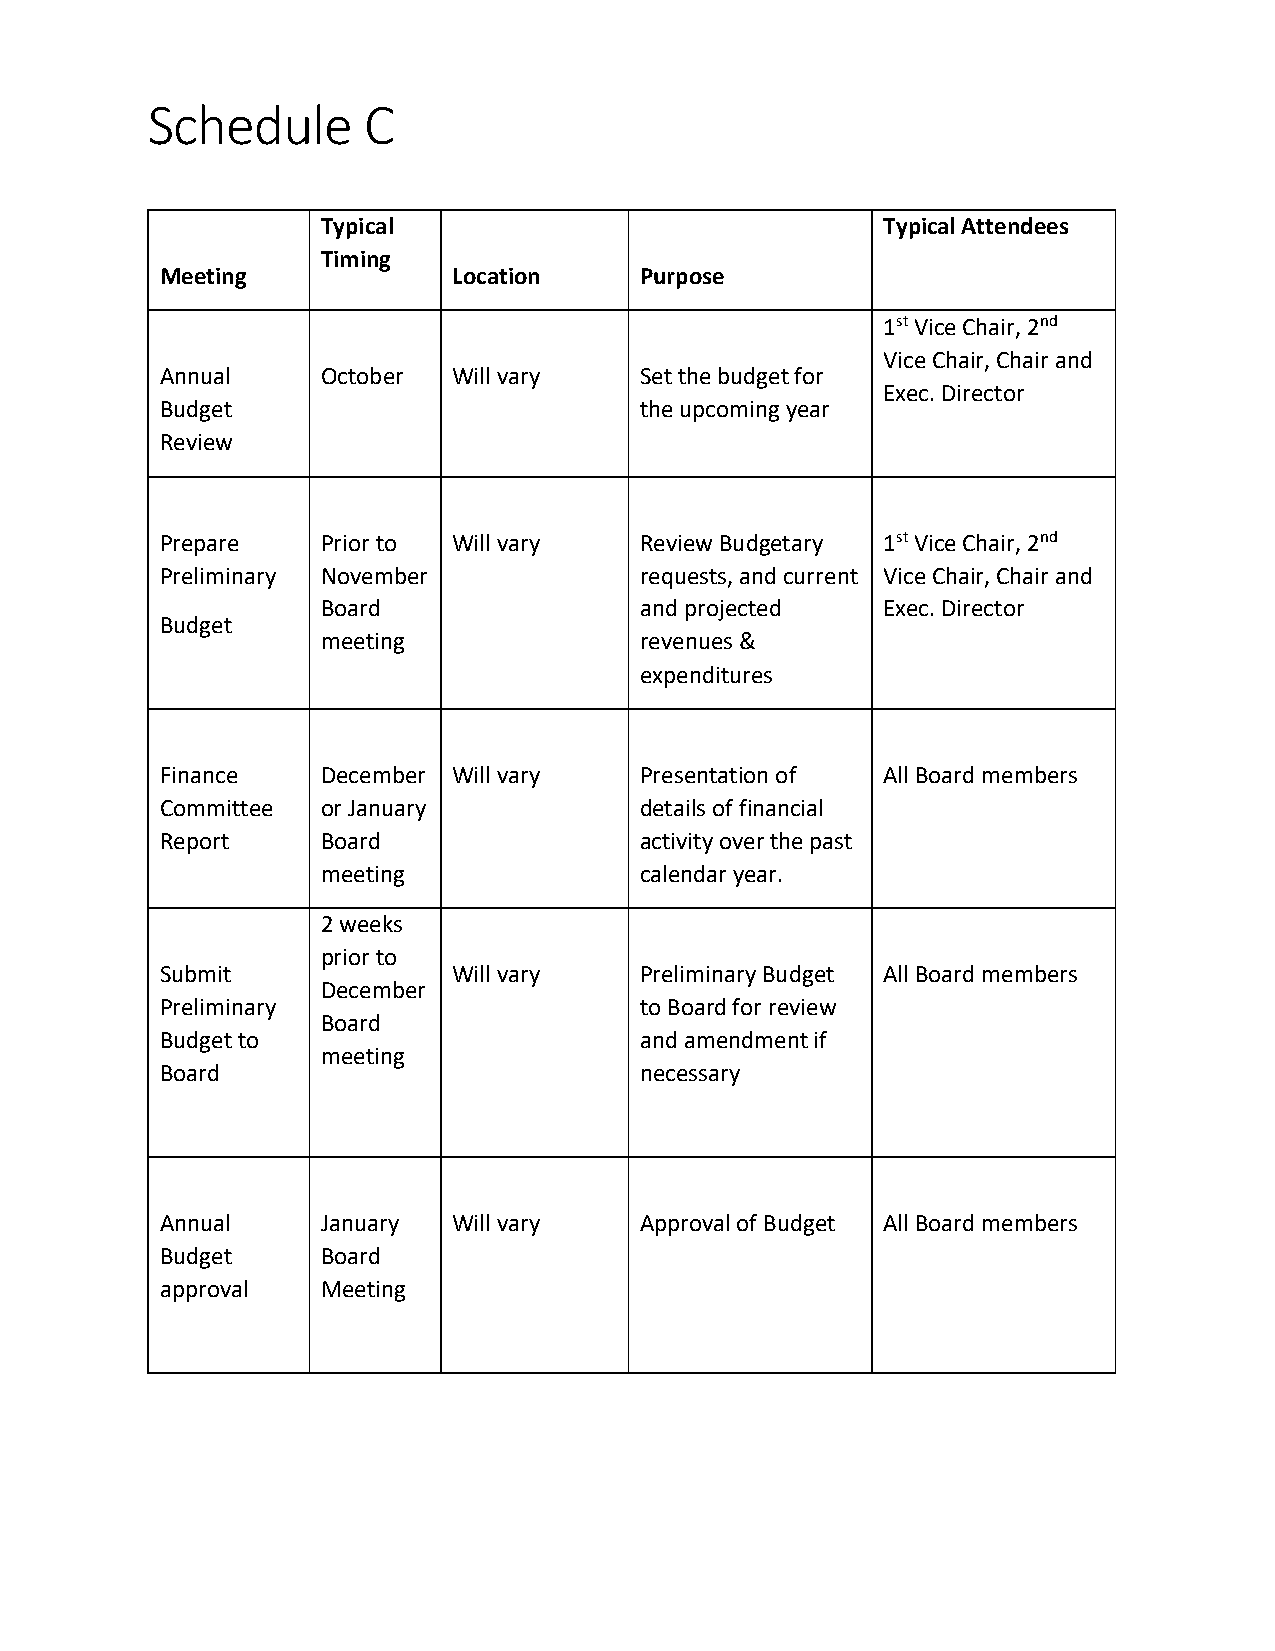
Schedule      C
 Typical                              Typical Attendees
 Timing
 Meeting            Location    Purpose
 1st Vice Chair, 2nd
 Vice Chair, Chair and
 Annual    October  Will vary   Set the budget for
 Exec. Director
 Budget                         the upcoming year
 Review
 Prepare   Prior to Will vary   Review Budgetary 1st Vice Chair, 2nd
 Preliminary November           requests, and current Vice Chair, Chair and
 Board                and projected   Exec. Director
 Budget
 meeting              revenues &
 expenditures
 Finance   December Will vary   Presentation of All Board members
 Committee or January           details of financial
 Report    Board                activity over the past
 meeting              calendar year.
 2 weeks
 prior to
 Submit             Will vary   Preliminary Budget All Board members
 December
 Preliminary                    to Board for review
 Board
 Budget to                      and amendment if
 meeting
 Board                          necessary
 Annual    January  Will vary   Approval of Budget All Board members
 Budget    Board
 approval  Meeting